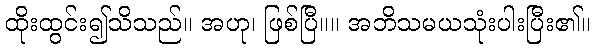
ထိုးထွင်း၍သိသည်။ အဟု၊ ဖြစ်ပြီ။။ အဘိသမယသုံးပါးပြီး၏။